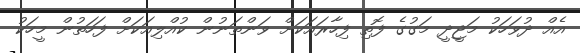
އެއް ދުވަހަކު މަޖީދީ މަގުގެ ފޮތި ފިހާރައަކަށް ވަންތަނުން ކުއްލިއަކަށް ފަހަތުން މީހަކު